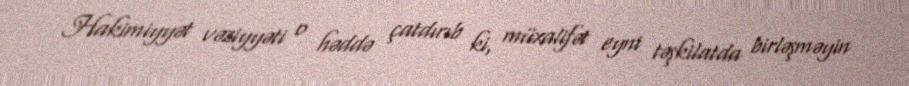
Hakimiyyət vəziyyəti o həddə çatdırıb ki, müxalifət eyni təşkilatda birləşməyin